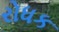
રોધક